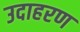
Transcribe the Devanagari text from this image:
उदाहरण